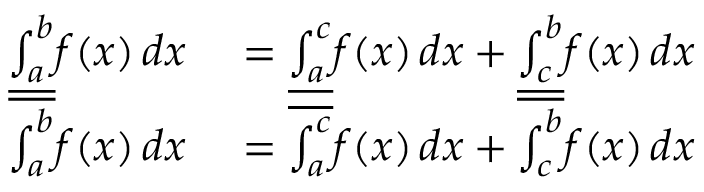
\begin{array} { r l } { { \underline { { \int _ { a } ^ { b } } } } f ( x ) \, d x } & { { } = { \underline { { \int _ { a } ^ { c } } } } f ( x ) \, d x + { \underline { { \int _ { c } ^ { b } } } } f ( x ) \, d x } \\ { { \overline { { \int _ { a } ^ { b } } } } f ( x ) \, d x } & { { } = { \overline { { \int _ { a } ^ { c } } } } f ( x ) \, d x + { \overline { { \int _ { c } ^ { b } } } } f ( x ) \, d x } \end{array}